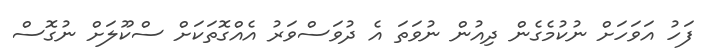
ފަހު އަވަހަށް ނުކުމެގެން ދިއުން ނުވަތަ އެ ދުވަސްވަރު އެއްގޮތަކަށް ސްކޫލަށް ނުގޮސް